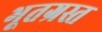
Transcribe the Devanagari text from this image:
भूतग्रस्त